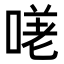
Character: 𭉈